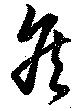
矦